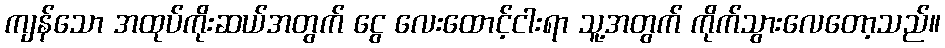
ကျန်သော အထုပ်ကိုးဆယ်အတွက် ငွေ လေးထောင့်ငါးရာ သူ့အတွက် ကိုက်သွားလေတော့သည်။